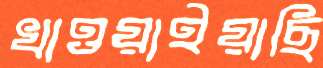
খাওয়াইয়াছি